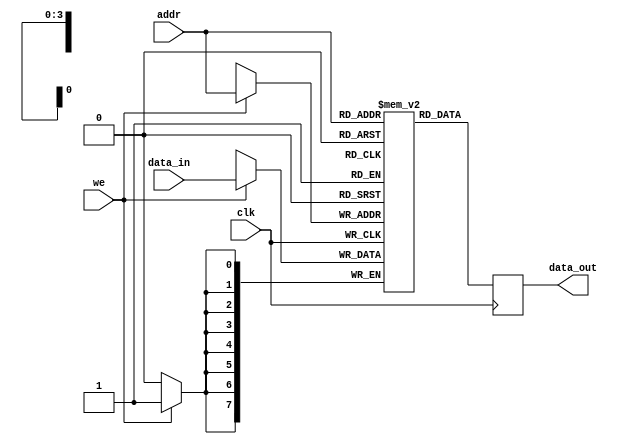
module parameterized_ram #(
    parameter DATA_WIDTH = 8,  // Width of each data word in bits
    parameter ADDR_WIDTH = 4   // Number of bits for addressing
)(
    input wire clk,             // Clock signal
    input wire we,              // Write enable signal
    input wire [ADDR_WIDTH-1:0] addr, // Address input
    input wire [DATA_WIDTH-1:0] data_in, // Data input
    output reg [DATA_WIDTH-1:0] data_out // Data output
);

    // Calculate depth based on address width
    localparam DEPTH = 2 ** ADDR_WIDTH;

    // Memory array declaration
    reg [DATA_WIDTH-1:0] memory [0:DEPTH-1];

    // Synchronous operation
    always @(posedge clk) begin
        if (we) begin
            // Write operation
            memory[addr] <= data_in;
        end
        // Read operation (always occurs on clk edge)
        data_out <= memory[addr];
    end

    // Optional: Reset functionality can be added here if needed
    // For example, a reset signal could be introduced to initialize memory
    // reg reset; // Uncomment this line if you want to add reset functionality
    // always @(posedge clk or posedge reset) begin
    //     if (reset) begin
    //         // Initialize memory to zero or some known state
    //         integer i;
    //         for (i = 0; i < DEPTH; i = i + 1) begin
    //             memory[i] <= 0;
    //         end
    //     end else begin
    //         if (we) begin
    //             memory[addr] <= data_in;
    //         end
    //         data_out <= memory[addr];
    //     end
    // end

endmodule